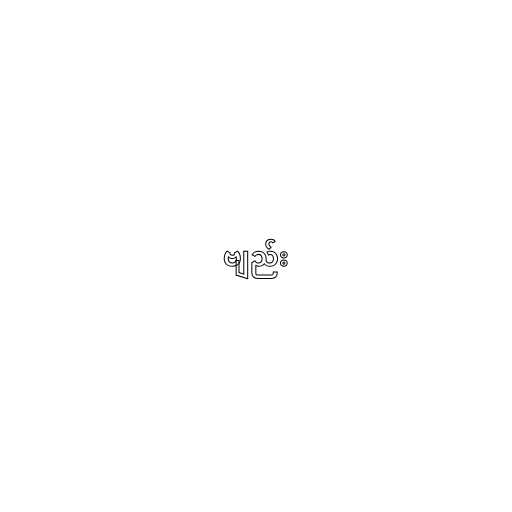
ဗျည်း